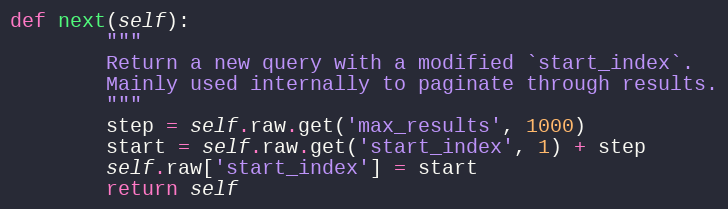
Language: Python
def next(self):
        """
        Return a new query with a modified `start_index`.
        Mainly used internally to paginate through results.
        """
        step = self.raw.get('max_results', 1000)
        start = self.raw.get('start_index', 1) + step
        self.raw['start_index'] = start
        return self